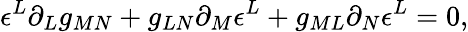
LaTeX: \epsilon^{L}\partial_{L}g_{MN}+g_{LN}\partial_{M}\epsilon^{L}+g_{ML}\partial_{N}\epsilon^{L}=0,